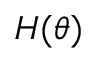
H ( \theta )